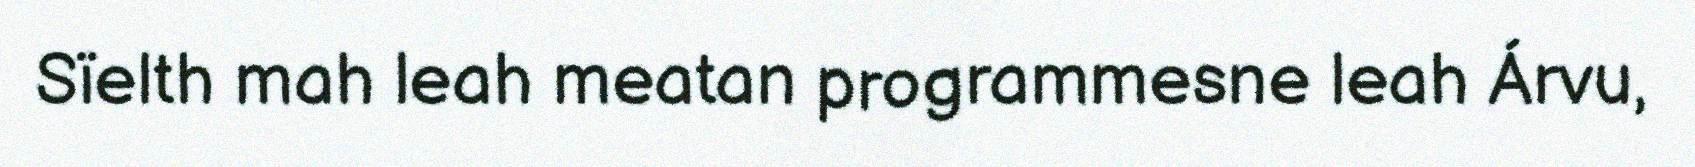
Sïelth mah leah meatan programmesne leah Árvu,